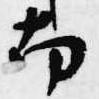
南